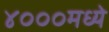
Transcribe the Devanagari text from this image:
४०००मध्ये